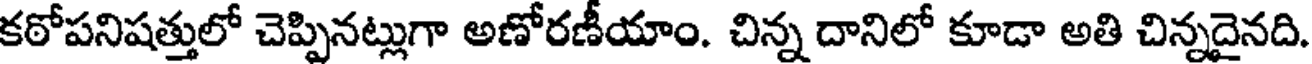
కఠోపనిషత్తులో చెప్పినట్లుగా అణోరణీయాం. చిన్న దానిలో కూడా అతి చిన్నదైనది.